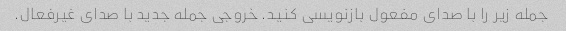
جمله زیر را با صدای مفعول بازنویسی کنید. خروجی جمله جدید با صدای غیرفعال.